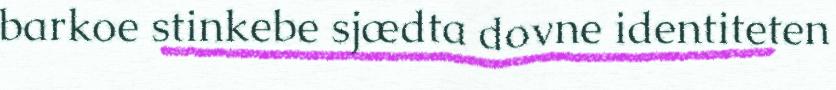
barkoe stinkebe sjædta dovne identiteten